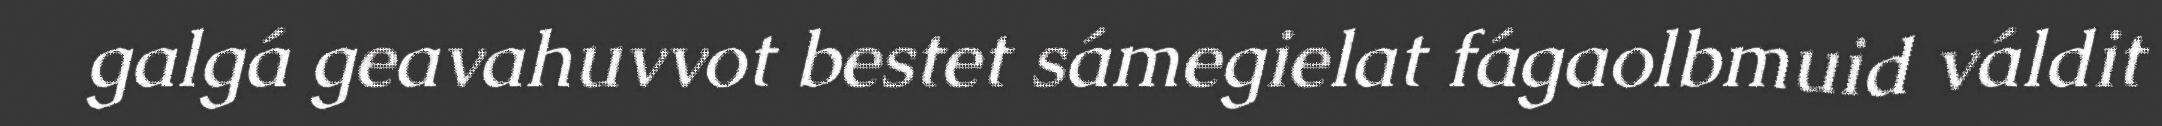
galgá geavahuvvot bestet sámegielat fágaolbmuid váldit